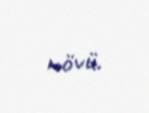
növü.